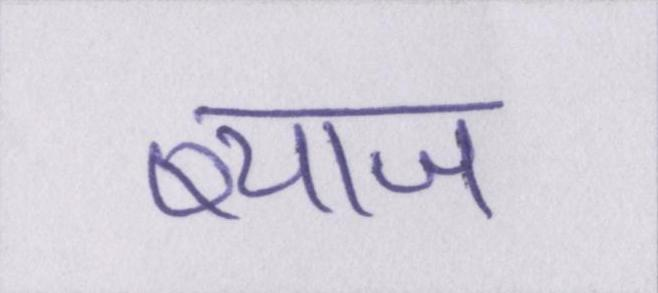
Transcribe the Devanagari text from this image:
ब्याज